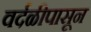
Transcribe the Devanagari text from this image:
वर्दळीपासून